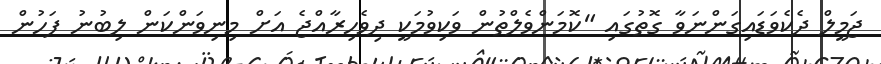
ޖަމީލް ދެކެވަޑައިގަންނަވާ ގޮތުގައި "ކޮމަންވެލްތުން ވަކިވުމަކީ ދިވެހިރާއްޖެ އަށް މިނިވަންކަން ލިބުނު ފަހުން